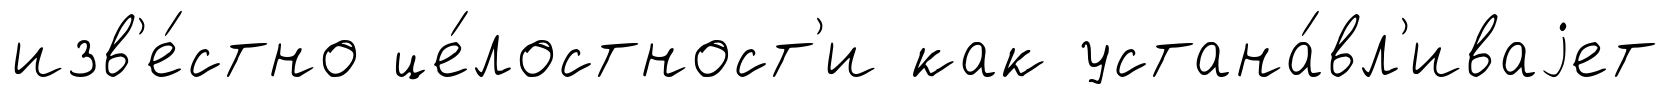
изв'е́стно це́лостност'и как устана́вл'иваjет